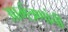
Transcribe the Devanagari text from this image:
आमंत्रणांची